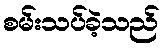
စမ်းသပ်ခဲ့သည်